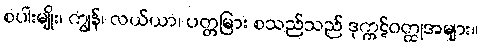
စပါးမျိုး၊ ကျွန်၊ လယ်ယာ၊ ပတ္တမြား စသည်သည် ဒုက္ကဋ်ဝတ္ထုအများ။